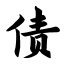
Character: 债